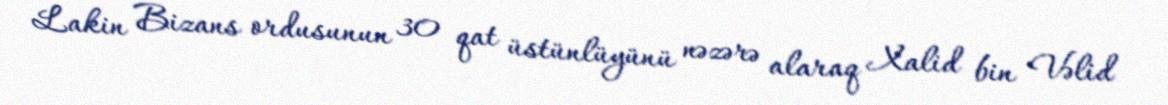
Lakin Bizans ordusunun 30 qat üstünlüyünü nəzərə alaraq Xalid bin Vəlid